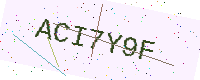
Text: ACI7Y9F